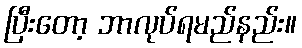
ပြီးတော့ ဘာလုပ်ရမည်နည်း။